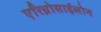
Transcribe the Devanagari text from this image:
एरिथ्रोसाईलोन